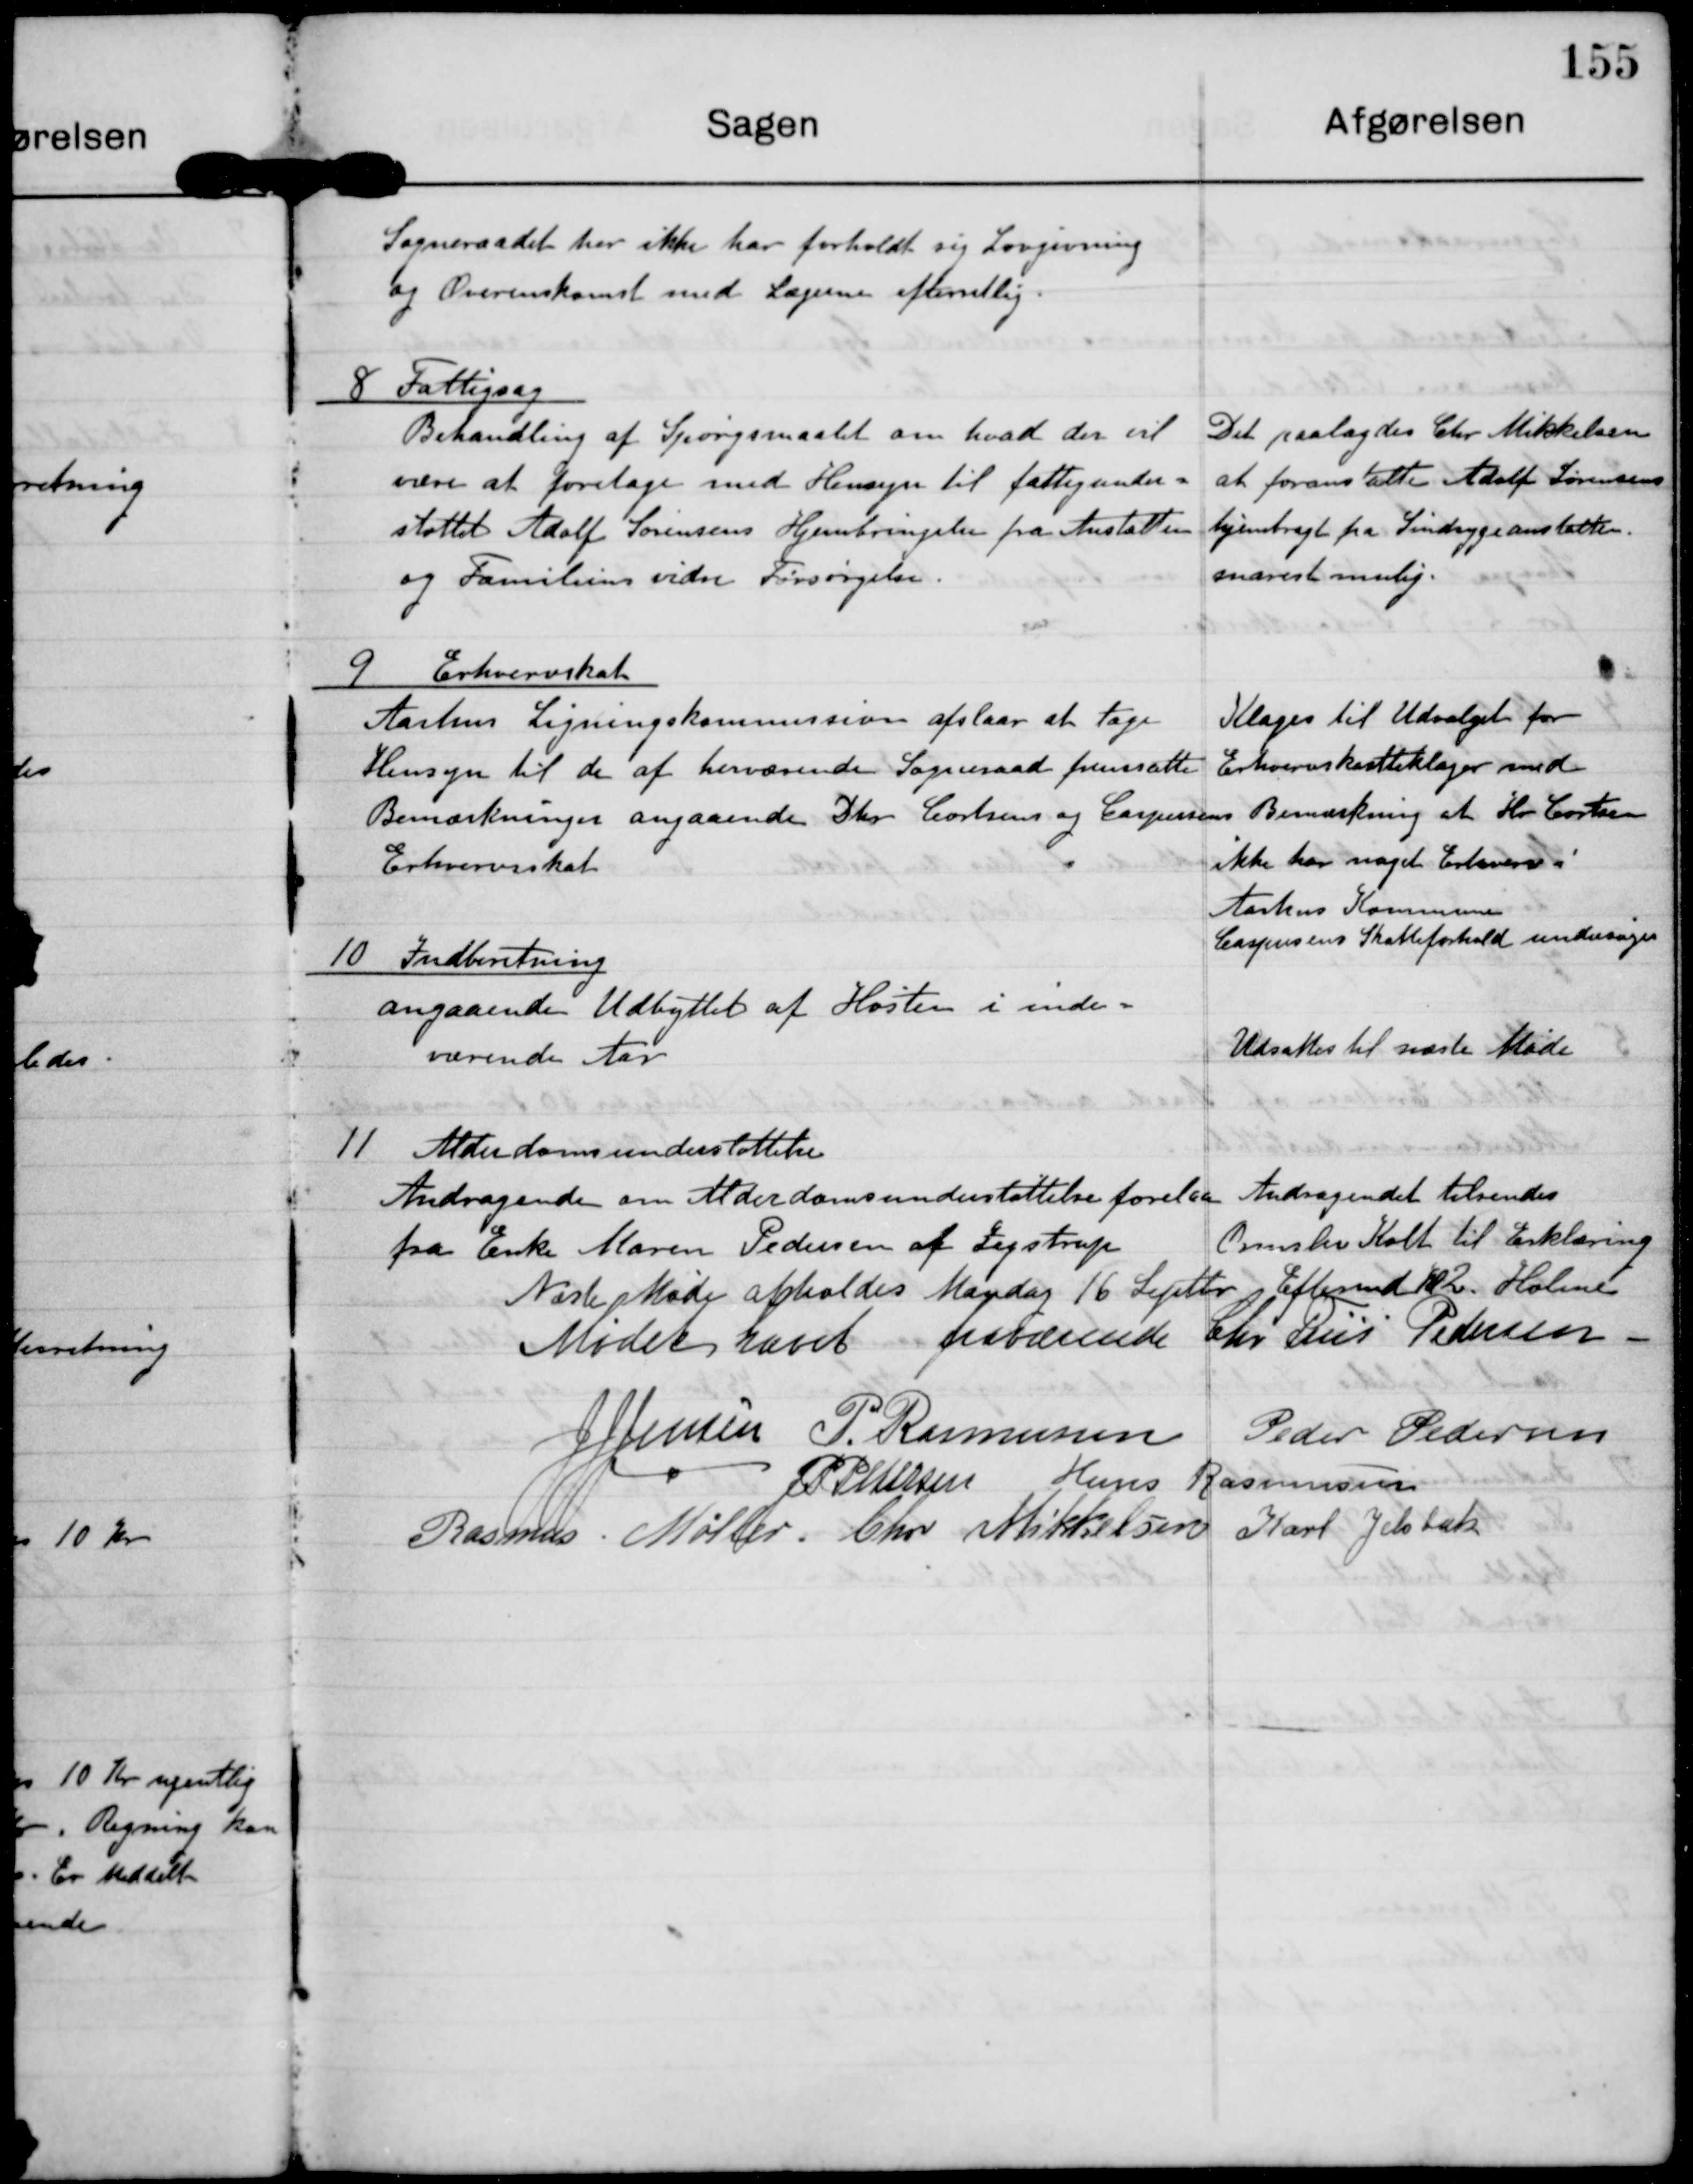
Transskription:
Sogneraadet her ikke har forholdt sig Lovgivning
og Overenskomst med Lægernes efterretlig

8 Fattigsag
Behandling af Spørgsmaalet om hvad der vil
være at foretage med Hensyn til fattigunder-
støttet Adolf Sørensen Hjembringelse fra Anstalten
og Familiens vidre Forsørgelse

Det paalagdes Chr Mikkelsen
at foranstalte Adolf Sørensen
hjemfragt fra Sindsygeanstalten
snarest mulig.

9 Erhvervsskat
Aarhus Ligningskommission afslaar at tage
Hensyn til de af herværende Sogneraad fremsatte
Bemærkninger angaaende D hr Cortsens og Caspersens
Erhvervsskat

Klages til Udvalget for
Erhvervskatteklager med
Bemærkning at Hr Cortsen
ikke at noget Erhverv i
Aarhus Kommune
Caspersens Skatteforhold undersøges

10 Indberetning
angaaende Udbyttet af Høsten i inde-
værende Aar

Udsattes til næste Møde

11 Alderdomsunderstøttelse
Andragende om Alderdomsunderstøttelse forelaa
fra Enke Maren pedersen af Jegstrup

Andragendet tilsendes
Ormslev Holt til erklæring

Næste Møde afholdes Mandag 16 Septbr Eftermd Kl 2 Holme

Mødet hævet

fraværende Chr Friis pedersen

J J Jensen

P. Rasmussen

Peder Pedersen

J P Pedersen

Hans Rasmussen

Rasmus Møller

Chr Mikkelsen

Karl Jelsbak